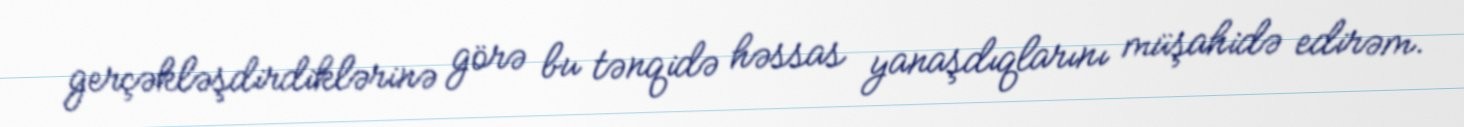
gerçəkləşdirdiklərinə görə bu tənqidə həssas yanaşdıqlarını müşahidə edirəm.